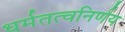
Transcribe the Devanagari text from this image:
धर्मतत्वनिर्णय